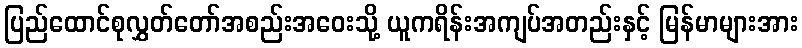
ပြည်ထောင်စုလွှတ်တော်အစည်းအဝေးသို့ ယူကရိန်းအကျပ်အတည်းနှင့် မြန်မာများအား